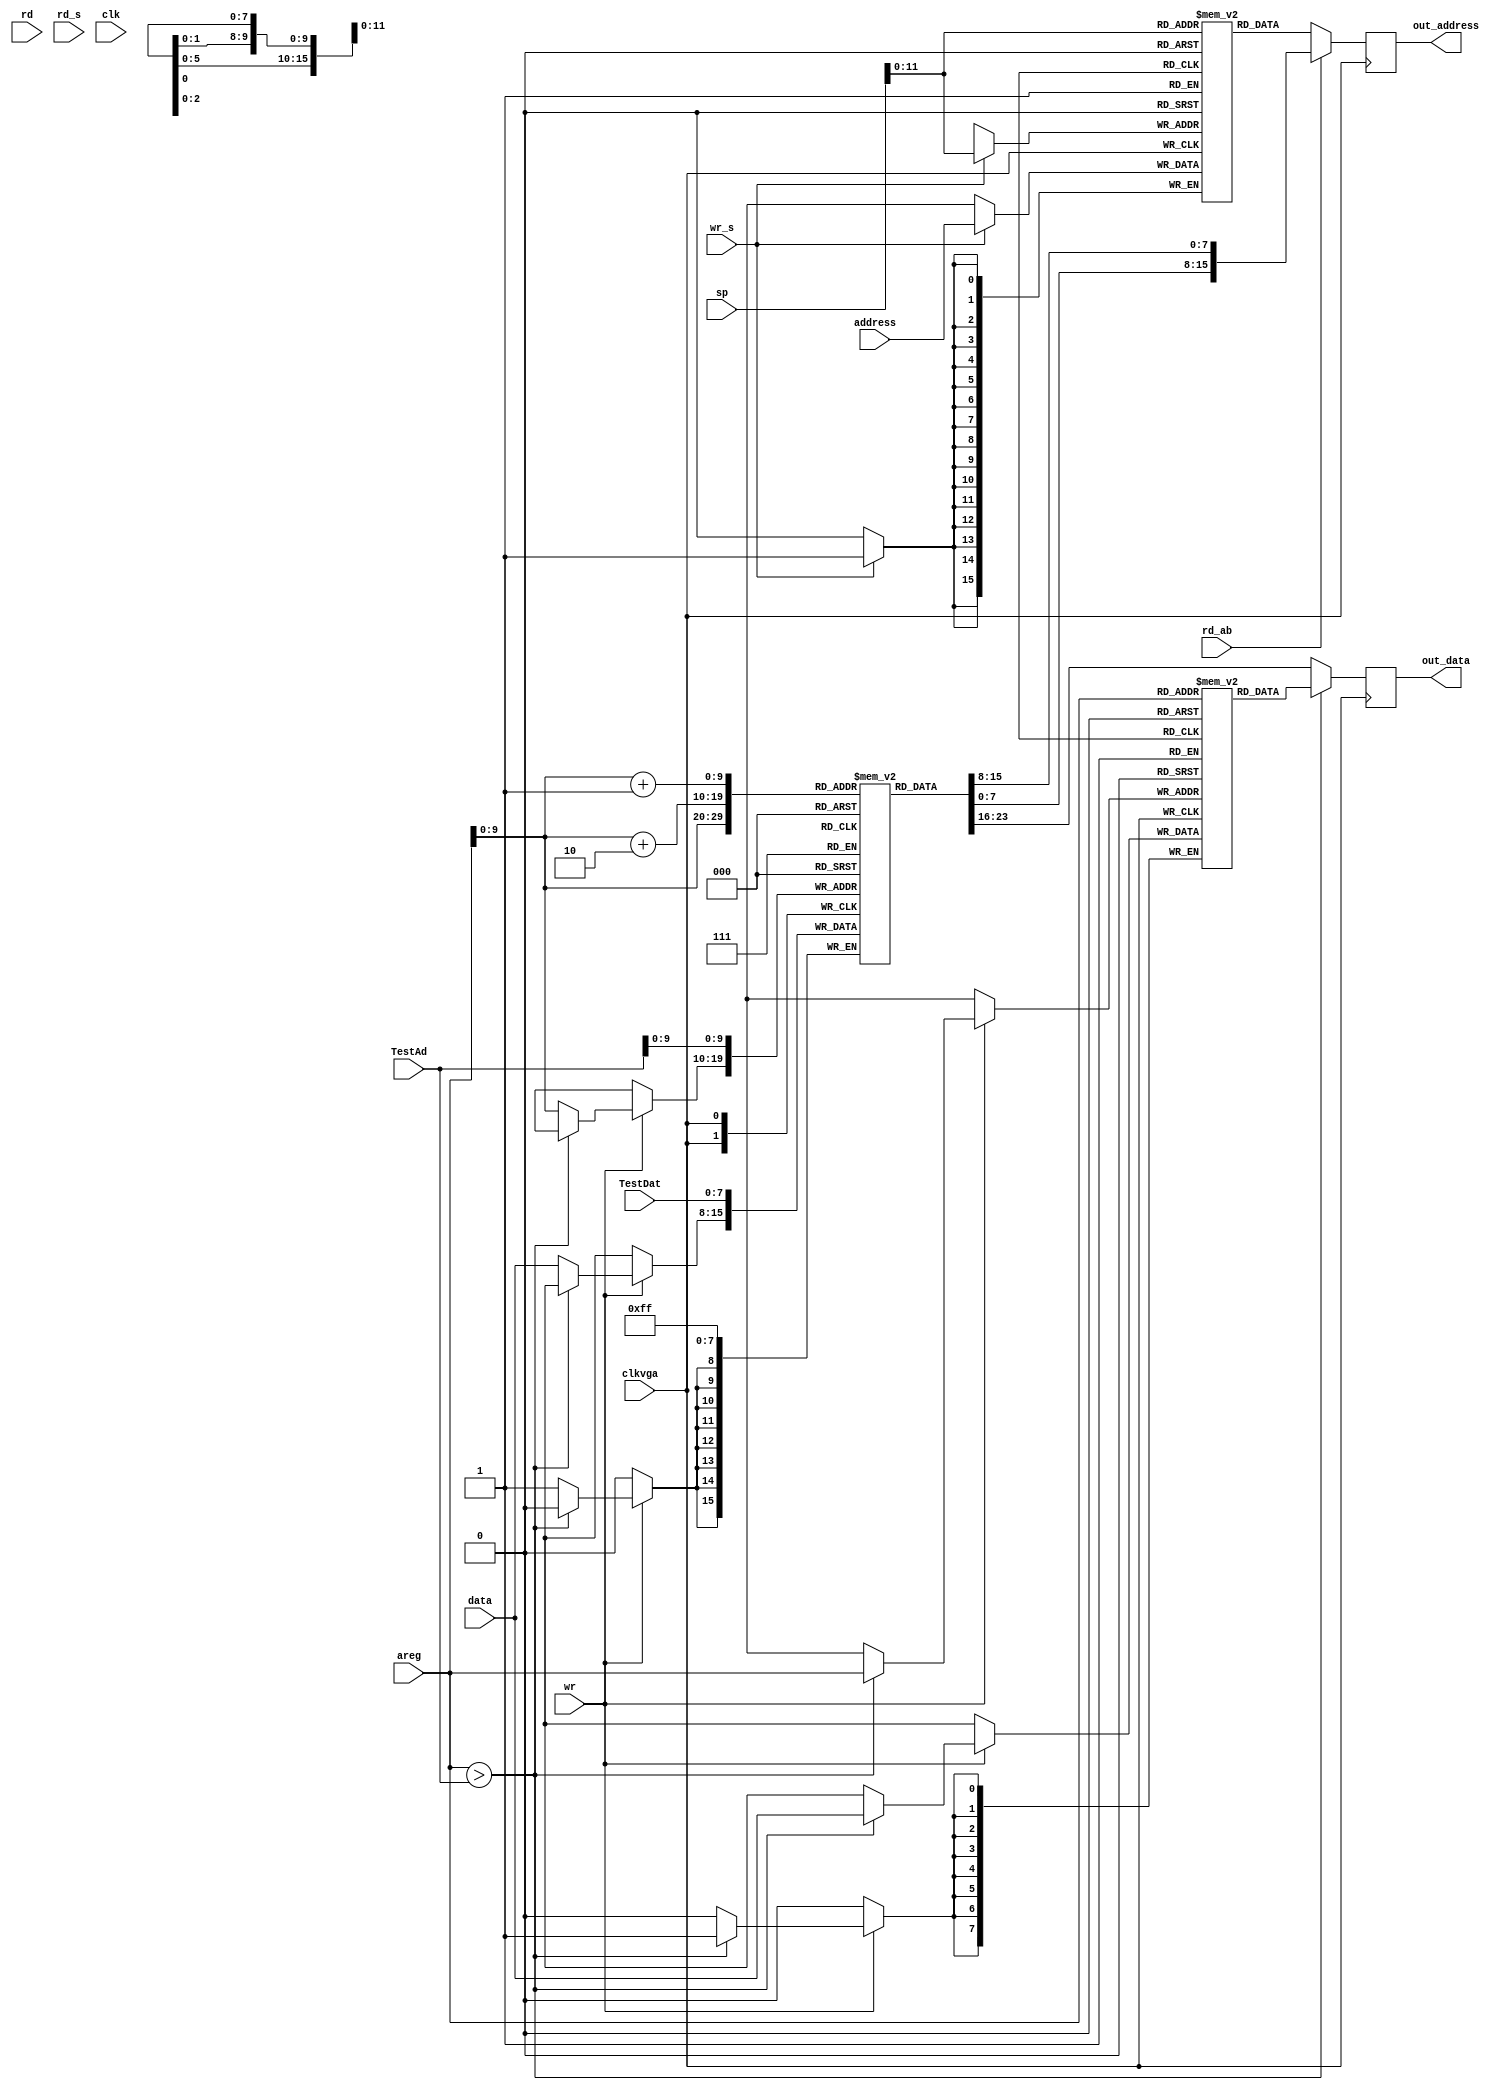
`timescale 1ns / 1ps
//////////////////////////////////////////////////////////////////////////////////
/*
* Copyright (c) 2023, Shiv Nadar University, Delhi NCR, India. All Rights
* Reserved. Permission to use, copy, modify and distribute this software for
* educational, research, and not-for-profit purposes, without fee and without a
* signed license agreement, is hereby granted, provided that this paragraph and
* the following two paragraphs appear in all copies, modifications, and
* distributions.
*
* IN NO EVENT SHALL SHIV NADAR UNIVERSITY BE LIABLE TO ANY PARTY FOR DIRECT,
* INDIRECT, SPECIAL, INCIDENTAL, OR CONSEQUENTIAL DAMAGES, INCLUDING LOST
* PROFITS, ARISING OUT OF THE USE OF THIS SOFTWARE.
*
* SHIV NADAR UNIVERSITY SPECIFICALLY DISCLAIMS ANY WARRANTIES, INCLUDING, BUT
* NOT LIMITED TO, THE IMPLIED WARRANTIES OF MERCHANTABILITY AND FITNESS FOR A
* PARTICULAR PURPOSE. THE SOFTWARE PROVIDED HEREUNDER IS PROVIDED "AS IS". SHIV
* NADAR UNIVERSITY HAS NO OBLIGATION TO PROVIDE MAINTENANCE, SUPPORT, UPDATES,
* ENHANCEMENTS, OR MODIFICATIONS.
*
* Revision History:
*            Date                    By                        Change Notes
* ----------------------- ---------------------- ------------------------------------------
*    22nd October 2023           Aditi Sharma                     Base Code
*   
*   
*                                                                                 
*                                      
*   
*/
//////////////////////////////////////////////////////////////////////////////////


module Memory(
             input clkvga,
             output reg [7:0] out_data,
             output reg [15:0] out_address,
             input [7:0] data,
             input [15:0] address,
             input rd, wr, rd_ab, wr_s, rd_s,
             input [15:0] areg,
             input [15:0] sp,
             input [15:0] TestAd,
             input [7:0] TestDat,
             input clk
             );
             
(* rom_style = "block" *) reg [7:0] mem[60000:0];
(* rom_style = "block" *) reg [15:0] stack_mem [4000:0];

reg [7:0] program[1000:0];


//reg inputs;

/*initial
begin
    inputs = 1'b1;
end    

reg [15:0] tempad;
reg [7:0] tempdata; */
   

//reg [7:0] tempdat[2:0];
//reg [15:0] tempad;

//** making all outputs asynchronous
//assign out_data = mem[areg];
//assign out_address = rd_ab? {mem[areg+1], mem[areg + 2]} : stack_mem[sp];

//assign out_data = tempdat[0];
//assign out_address = rd_ab? {tempdat[1], tempdat[2]} : tempad[0];   

/*always @(TestDat or TestAd)
begin
        wr = 1'b0;
        areg = TestAd;
        data = TestDat;
        wr = 1'b1;
end    */              
              
always @(posedge clkvga)
begin
                   
        
    program[TestAd] <= TestDat;
    
    if(wr == 1'b1)
    begin
    
        if(areg > TestAd)
        begin
            mem[areg] <= data;
        end 
        else
        begin   
            program[areg] <= data ;
        end
        
    end 
    
    
    if(wr_s == 1)
    begin
        stack_mem[sp] <= address;
    end   
    
    if(areg > TestAd)
    begin
        out_data <= mem[areg];
    end    
    else
        out_data <= program[areg]; 
     
    
    if(rd_ab == 1'b1)
    begin
        out_address <= {program[areg+1], program[areg + 2]};
    end      
    else
        out_address <= stack_mem[sp];     
    
    
    //tempdat[0] <= mem[areg];
    //tempdat[1] <= mem[areg + 1];
    //tempdat[2] <= mem[areg + 2];
    //tempad <= stack_mem[sp];
    
    
end 
 
endmodule